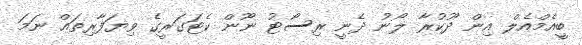
ބީއެމްއެލް އިން ދޫކުރާ ލޯނު ދެނީ ރިސޯޓު ނޫން ކެޓަގަރީގެ ވިޔަފާރިތައް ނަމަ